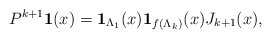
\begin{align*}P^{k+1}{\bf 1}(x)={\bf 1}_{\Lambda_1}(x){\bf 1}_{f(\Lambda_k)}(x)J_{k+1}(x),\end{align*}